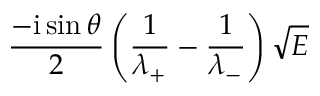
\frac { - \mathrm { i } \sin \theta } { 2 } \left( \frac { 1 } { \lambda _ { + } } - \frac { 1 } { \lambda _ { - } } \right) \sqrt { E }